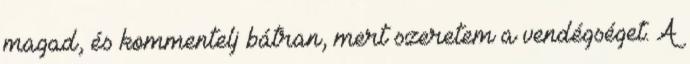
magad, és kommentelj bátran, mert szeretem a vendégséget. A